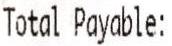
TOTAL PAYABLE: